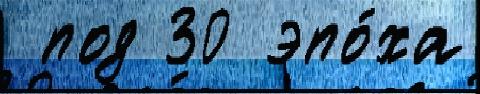
 под 30 эпо́ха